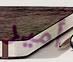
أمير